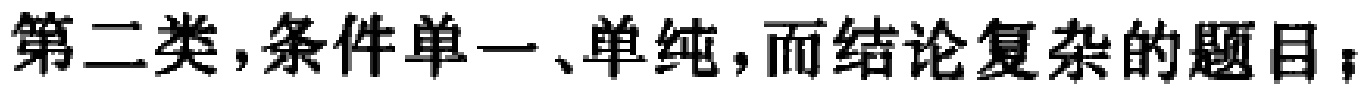
第二类,条件单一、单纯,而结论复杂的题目；